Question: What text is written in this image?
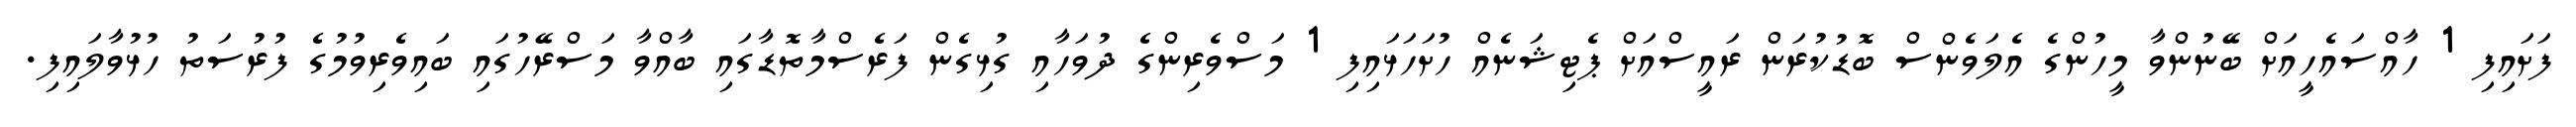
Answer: ފަށައިފި 1 ހާއްސައެހީއަށް ބޭނުންވާ މީހުންގެ އެލަވެންސް ބޮޑުކުރަން ރައީސްއަށް ޕެޓިޝަނެއް ހުށަހަޅައިފި 1 މަސްވެރިންގެ ދުވަހާއި ގުޅިގެން ފަރެސްމާތޮޑާގައި ބާއްވާ މަސްރޭހުގައި ބައިވެރިވުމުގެ ފުރުސަތު ހުޅުވާލައިފި.